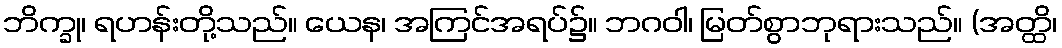
ဘိက္ခု၊ ရဟန်းတို့သည်။ ယေန၊ အကြင်အရပ်၌။ ဘဂဝါ၊ မြတ်စွာဘုရားသည်။ (အတ္ထိ၊